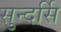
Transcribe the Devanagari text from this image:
सुन्दर्सि